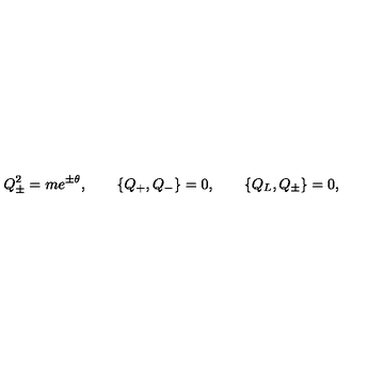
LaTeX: Q _ { \pm } ^ { 2 } = m e ^ { \pm \theta } , \quad \quad \{ Q _ { + } , Q _ { - } \} = 0 , \quad \quad \{ Q _ { L } , Q _ { \pm } \} = 0 ,